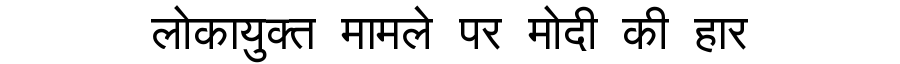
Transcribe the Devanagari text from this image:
लोकायुक्त मामले पर मोदी की हार